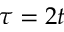
\tau = 2 t